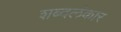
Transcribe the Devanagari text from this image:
शब्दलंकार